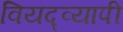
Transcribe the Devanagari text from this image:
वियद्व्यापी